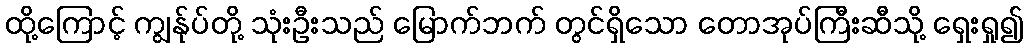
ထို့ကြောင့် ကျွန်ုပ်တို့ သုံးဦးသည် မြောက်ဘက် တွင်ရှိသော တောအုပ်ကြီးဆီသို့ ရှေးရှု၍